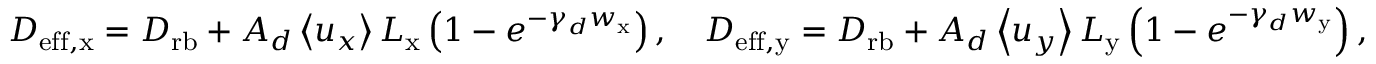
D _ { \mathrm { e f f , x } } = D _ { \mathrm { r b } } + A _ { d } \left< u _ { x } \right> L _ { \mathrm { x } } \left( 1 - e ^ { - \gamma _ { d } w _ { \mathrm { x } } } \right) , \quad D _ { \mathrm { e f f , y } } = D _ { \mathrm { r b } } + A _ { d } \left< u _ { y } \right> L _ { \mathrm { y } } \left( 1 - e ^ { - \gamma _ { d } w _ { \mathrm { y } } } \right) ,